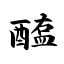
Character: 醢